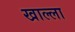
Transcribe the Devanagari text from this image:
खाल्‍ला